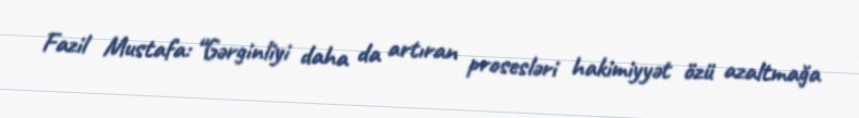
Fazil Mustafa: “Gərginliyi daha da artıran prosesləri hakimiyyət özü azaltmağa